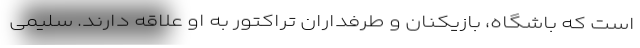
است که باشگاه، بازیکنان و طرفداران تراکتور به او علاقه دارند. سلیمی